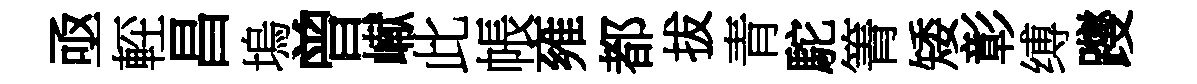
亟䡖昌塢曾𪩘此帳雍都拔青駝箐矮彰缚躞